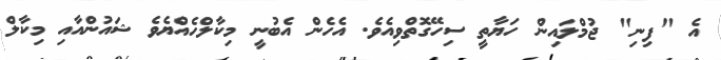
އެ "ފިނި" ޖުމްލައިން ހަޔާތީ ސިހޭގޮތްވިއެވެ. އެހެން އެބުނީ މިކާލްހެއްޔެވެ ޝައުންއާއި މިކާލް